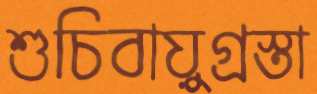
শুচিবায়ুগ্রস্তা